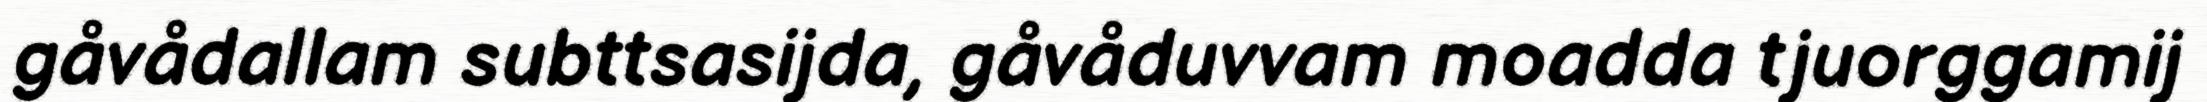
gåvådallam subttsasijda, gåvåduvvam moadda tjuorggamij